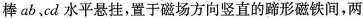
棒ab、cd水平悬挂，置于磁场方向竖直的蹄形磁铁间，两